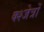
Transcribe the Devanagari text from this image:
क्श्जेत्रों